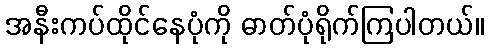
အနီးကပ်ထိုင်နေပုံကို ဓာတ်ပုံရိုက်ကြပါတယ်။